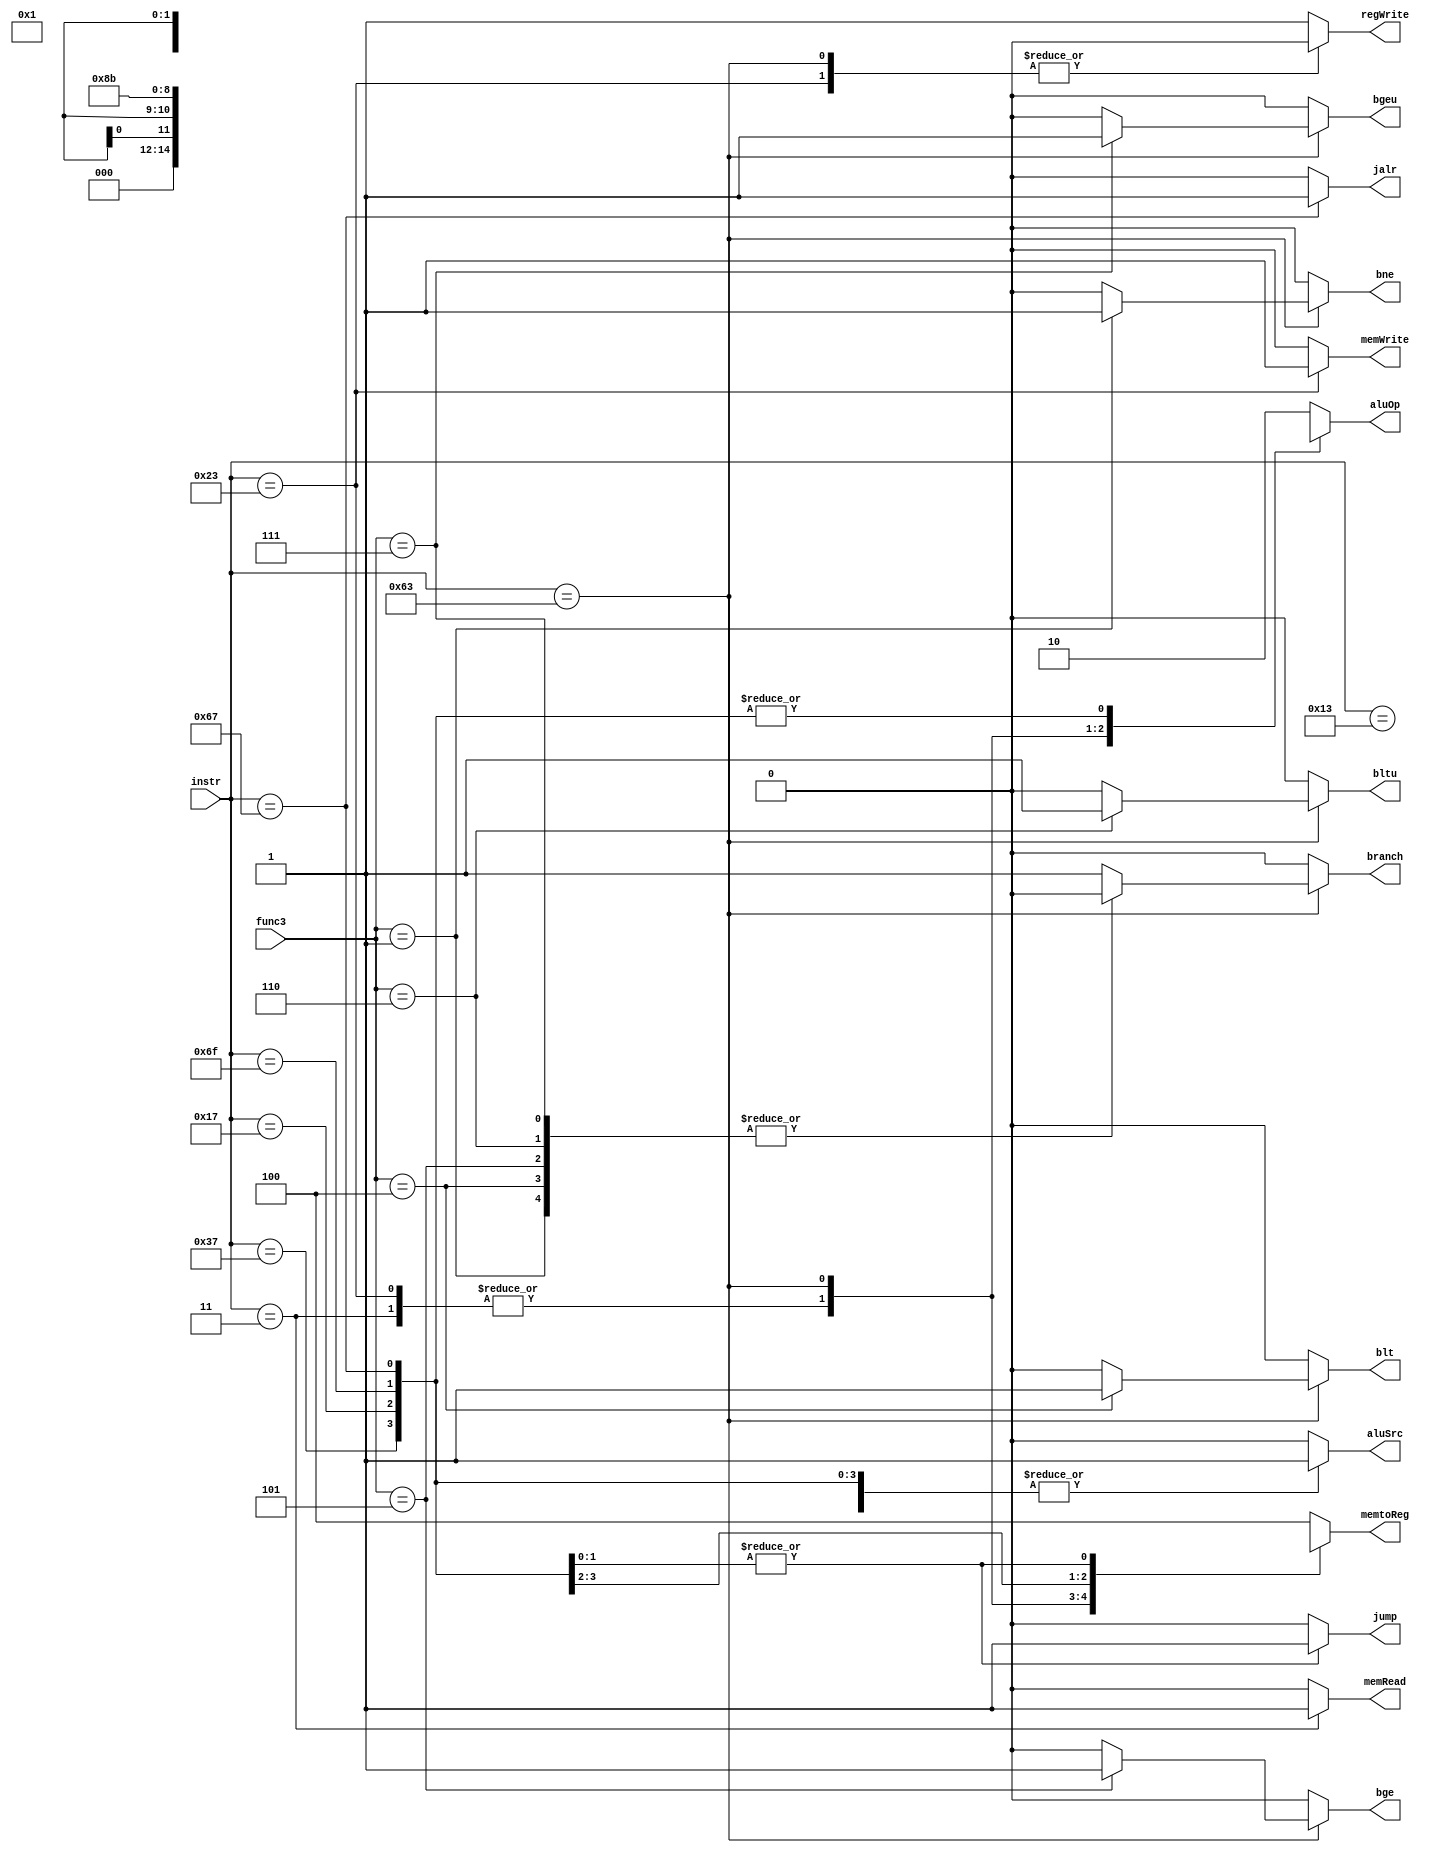
`timescale 1ns / 1ps


module control_unit(instr,func3,branch,memRead,memtoReg,aluOp,memWrite,aluSrc,regWrite,jalr,jump,bne,blt,bge,bltu,bgeu);


input [6:0] instr; //instr opcode
input [2:0] func3; // opcode'lar ayn olanlar ayrmak icin
output reg branch;
output reg memRead;
output reg [2:0] memtoReg;
output reg [1:0] aluOp;
output reg memWrite;
output reg aluSrc;
output reg regWrite;
output reg jalr;
output reg jump;
output reg bne,blt,bge,bltu,bgeu;

parameter R_format=7'b0110011, //add,sub,sll,slt,sltu,xor,srl,sra,or,and
          I_format=7'b0010011, //addi,slti,sltiu,xori,ori,andi,slli,srli,srai,
          LW=7'b0000011, // lb,lh,lbu,lhu,
          SW=7'b0100011, //sb,sh,
          BEQ=7'b1100011, //beq,bne,blt,bge,bltu,bgeu
          LUI=7'b0110111,
          AUIPC=7'b0010111,
          JAL=7'b1101111,
          JALR=7'b1100111;
          

          
  
    
always @* begin
    case(instr)
        R_format: begin
            aluSrc=0;
            memtoReg=3'b100;
            regWrite=1;
            memRead=0; //data memorye gerek oyk
            memWrite=0;
            branch=0;
            aluOp=2'b10;
            jalr=0;
            jump=0;
            bne=0; 
            blt=0; 
            bge=0; 
            bltu=0;
            bgeu=0;
            
        end
        
         I_format: begin
            aluSrc=1; //immediate
            memtoReg=3'b100;
            regWrite=1;
            memRead=0; //data memorye gerek oyk
            memWrite=0;
            branch=0;
            aluOp=2'b10;
            jalr=0;
            jump=0;
            bne=0;             
            blt=0;             
            bge=0;             
            bltu=0;            
            bgeu=0;            
            
        end
        
        LW: begin
            aluSrc=1;
            memtoReg=3'b000;
            regWrite=1;// REGSTERA YAZILACKA
            memRead=1; //MEMORYDEN OKUNACAK
            memWrite=0;
            branch=0;
            aluOp=2'b00;
            jalr=0;
            jump=0;
            bne=0;             
            blt=0;             
            bge=0;             
            bltu=0;            
            bgeu=0;            
            
        end

        SW: begin
            aluSrc=1;
            memtoReg=3'b000;
            regWrite=0;
            memRead=0;
            memWrite=1; // REGSTERDAN OKUNACAK MEMORYE YAZILACK
            branch=0;
            aluOp=2'b00;
            jalr=0;
            jump=0;
            bne=0; 
            blt=0; 
            bge=0; 
            bltu=0;
            bgeu=0;            
              
        end
        
        BEQ: begin
               
                case(func3)
                    3'b000: begin //beq
                         aluSrc=0;
                         memtoReg=3'bxxx;
                         regWrite=0;
                         memRead=0;
                         memWrite=0;
                         branch=1; //beq
                         aluOp=2'b01;
                         jalr=0;
                         jump=0;
                         bne=0; 
                         blt=0; 
                         bge=0; 
                         bltu=0;
                         bgeu=0;
                    end
                    
                    3'b001: begin //bne
                         aluSrc=0;
                         memtoReg=3'bxxx;
                         regWrite=0;
                         memRead=0;
                         memWrite=0;
                         branch=0;
                         aluOp=2'b01;
                         jalr=0;
                         jump=0;
                         bne=1;  
                         blt=0;  
                         bge=0;  
                         bltu=0; 
                         bgeu=0; 
                    end
                    3'b100: begin //blt
                         aluSrc=0;
                         memtoReg=3'bxxx;
                         regWrite=0;
                         memRead=0;
                         memWrite=0;
                         branch=0;
                         aluOp=2'b01;
                         jalr=0;
                         jump=0;
                         bne=0;  
                         blt=1;  
                         bge=0;  
                         bltu=0; 
                         bgeu=0; 
                    end
                    3'b101: begin //bge
                         aluSrc=0;
                         memtoReg=3'bxxx;
                         regWrite=0;
                         memRead=0;
                         memWrite=0;
                         branch=0;
                         aluOp=2'b01;
                         jalr=0;
                         jump=0;
                         bne=0;  
                         blt=0;  
                         bge=1;  
                         bltu=0; 
                         bgeu=0; 
                    end
                    3'b110: begin //bltu
                         aluSrc=0;
                         memtoReg=3'bxxx;
                         regWrite=0;
                         memRead=0;
                         memWrite=0;
                         branch=0;
                         aluOp=2'b01;
                         jalr=0;
                         jump=0;
                         bne=0;  
                         blt=0;  
                         bge=0;  
                         bltu=1; 
                         bgeu=0; 
                    end
                    3'b111: begin //bgeu
                         aluSrc=0;
                         memtoReg=3'bxxx;
                         regWrite=0;
                         memRead=0;
                         memWrite=0;
                         branch=0;
                         aluOp=2'b01;
                         jalr=0;
                         jump=0;
                         bne=0;  
                         blt=0;  
                         bge=0;  
                         bltu=0; 
                         bgeu=1; 
                    end
                    default: begin
                         aluSrc=0;
                         memtoReg=3'bxxx;
                         regWrite=0;
                         memRead=0;
                         memWrite=0;
                         branch=1; //beq
                         aluOp=2'b01;
                         jalr=0;
                         jump=0;
                         bne=0; 
                         blt=0; 
                         bge=0; 
                         bltu=0;
                         bgeu=0;
                    end
                endcase
            
        end
        
         LUI: begin
            aluSrc=1;
            memtoReg=3'b010;
            regWrite=1; //register file a yazlacak yani 1
            memRead=0;
            memWrite=0;
            branch=0;
            aluOp=2'bxx;
            jalr=0;
            jump=0;
            bne=0;  
            blt=0;  
            bge=0;  
            bltu=0; 
            bgeu=0; 
            
        end
        
        AUIPC: begin
            aluSrc=1;
            memtoReg=3'b001;
            regWrite=1; //register file a yazlacak yani 1
            memRead=0;
            memWrite=0;
            branch=0;
            aluOp=2'bxx;
            jalr=0;
            jump=0;
            bne=0;  
            blt=0;  
            bge=0;  
            bltu=0; 
            bgeu=0; 
            
        end
        
         JAL: begin
            aluSrc=1;
            memtoReg=3'b011;
            regWrite=1; //register file a yazlacak yani 1
            memRead=0;
            memWrite=0;
            branch=0;
            aluOp=2'bxx;
            jalr=0;
            jump=1;
            bne=0;  
            blt=0;  
            bge=0;  
            bltu=0; 
            bgeu=0; 
            
        end
        
         JALR: begin
            aluSrc=1;
            memtoReg=3'b011;
            regWrite=1; //register file a yazlacak yani 1
            memRead=0;
            memWrite=0;
            branch=0;
            aluOp=2'bxx;
            jalr=1;
            jump=1;
            bne=0;  
            blt=0;  
            bge=0;  
            bltu=0; 
            bgeu=0; 
            
        end

        default: begin
            aluSrc=0;
            memtoReg=3'b100;
            regWrite=1;
            memRead=0; //data memorye gerek oyk
            memWrite=0;
            branch=0;
            aluOp=2'b10;
            jalr=0;
            jump=0;
            bne=0; 
            blt=0; 
            bge=0; 
            bltu=0;
            bgeu=0;
            
        end

    endcase



end     
    
    
    
endmodule


//aludaki ckarma islemi 0 ckarsa ve branch aktif ise beq buyrugu calisir ve buyruktaki immediate degeri pc'ye gider ve +4 deil +immediate kadar artatr.